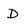
Character: D